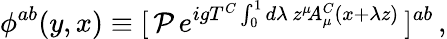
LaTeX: \phi^{ab}(y,x)\equiv[\, {\cal P}\, e^{igT^{C}\int_{0}^{1}d\lambda\, z^{\mu}\! A_{\mu}^{C}(x+\lambda z)}\, ]^{ab}\, ,